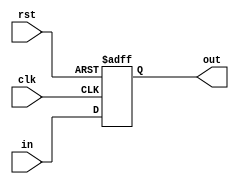
module Register32bit (
    input wire clk,
    input wire rst,
    input wire [31:0] in,
    output reg [31:0] out
);

  always @(posedge clk or posedge rst) begin
    if (rst) begin
      out = 32'b0;
    end else begin
      out = in;
    end
  end

endmodule